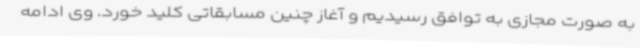
به صورت مجازی به توافق رسیدیم و آغاز چنین مسابقاتی کلید خورد. وی ادامه